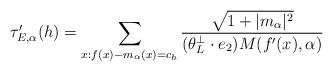
LaTeX: \begin{align*} \tau_{E,\alpha}^{\prime}(h) = \sum_{x : f(x) - m_{\alpha}(x) = c_{h}} \frac{\sqrt{1 + |m_{\alpha}|^{2}}}{(\theta_{L}^{\perp} \cdot e_{2}) M(f^{\prime}(x),\alpha)}\end{align*}